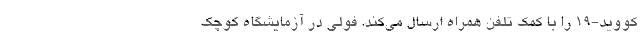
کووید-۱۹ را با کمک تلفن همراه ارسال می‌کند. فولی در آزمایشگاه کوچک